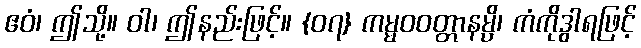
ဧဝံ၊ ဤသို့။ ဝါ၊ ဤနည်းဖြင့်။ {၀၇} ကမ္မဝဝတ္တာနမ္ပိ၊ ကံကိုဒွါရဖြင့်